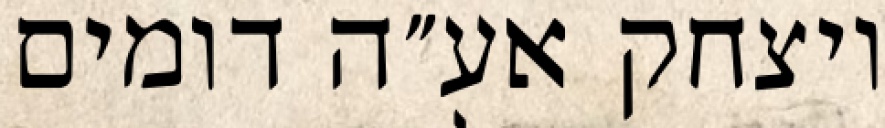
ויצחק אע״ה דומים